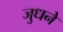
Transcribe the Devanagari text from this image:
जुधने